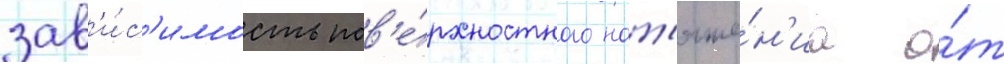
зав'и́с'имость пов'е́рхностного нат'яже́н'иа о́т